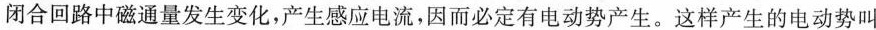
闭合回路中磁通量发生变化，产生感应电流，因而必定有电动势产生。这样产生的电动势叫